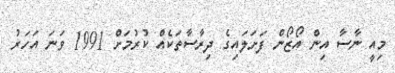
މިއީ ނާސާ އިން އޯޒޯން ފަށަލައިގެ ދިރާސާތަކެއް ކުރުމަށް 1991 ވަނަ އަހަރު